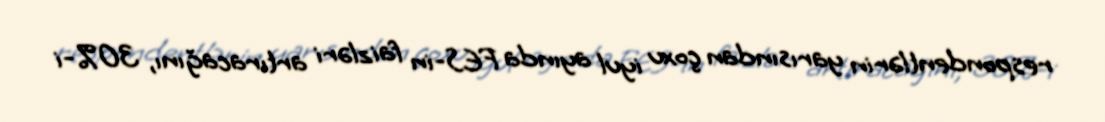
respondentlərin yarısından çoxu iyul ayında FES-in faizləri artıracağını, 30%-i